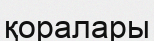
қоралары